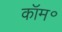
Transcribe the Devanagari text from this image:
कॉम॰